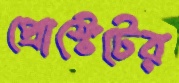
প্রোস্টেটের